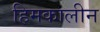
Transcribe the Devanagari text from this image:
हिमकालीन